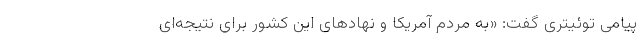
پیامی توئیتری گفت: «به مردم آمریکا و نهادهای این کشور برای نتیجه‌ای